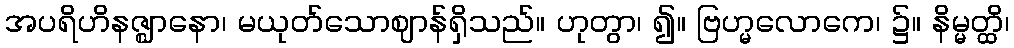
အပရိဟိနဇ္ဈာနော၊ မယုတ်သောဈာန်ရှိသည်။ ဟုတွာ၊ ၍။ ဗြဟ္မလောကေ၊ ၌။ နိမ္မတ္ထိ၊